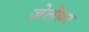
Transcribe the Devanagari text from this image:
ज़ेलेंका